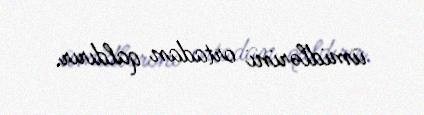
ümidlərini ortadan qaldırır.